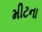
મીટના